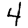
Digit: 4